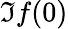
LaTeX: \Im f(0)